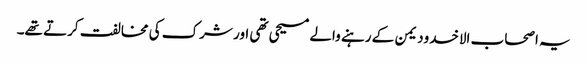
یہ اصحاب الاخدودیمن کے رہنے والے مسیحی تھی اور شرک کی مخالفت کرتے تھے۔